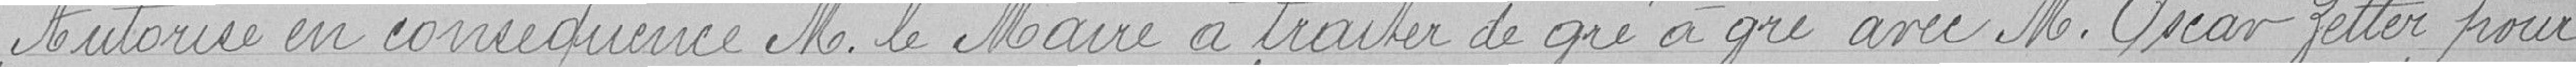
Autorise en conséquence Monsieur le Maire à traiter de gré à gré avec Monsieur Oscar Zetter pour